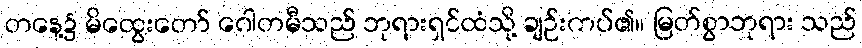
တနေ့၌ မိထွေးတော် ဂေါတမီသည် ဘုရားရှင်ထံသို့ ချဉ်းကပ်၏။ မြတ်စွာဘုရား သည်